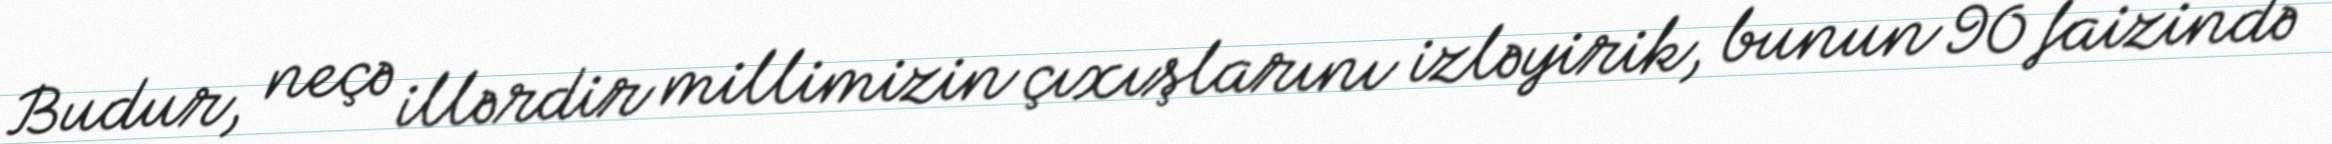
Budur, neçə illərdir millimizin çıxışlarını izləyirik, bunun 90 faizində